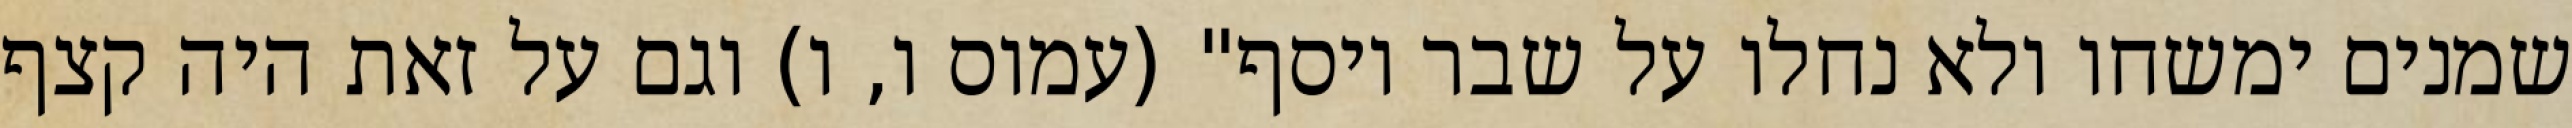
שמנים ימשחו ולא נחלו על שבר יוסף" (עמוס ו, ו) וגם על זאת היה קצף